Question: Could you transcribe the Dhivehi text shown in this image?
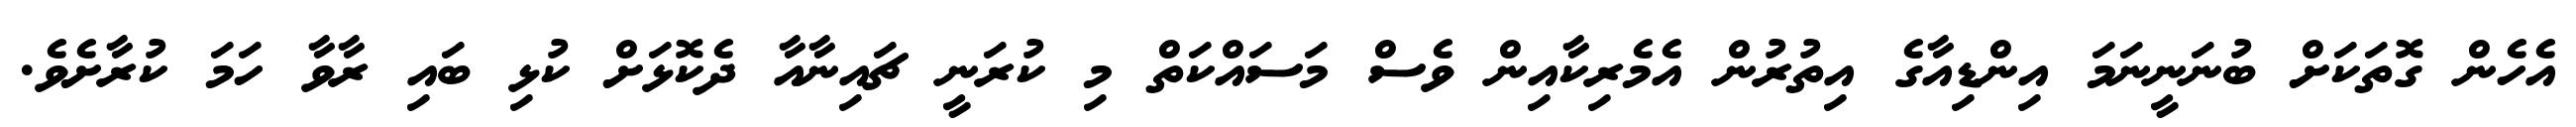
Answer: އެހެން ގޮތަކަށް ބުނަނީނަމަ އިންޑިއާގެ އިތުރުން އެމެރިކާއިން ވެސް މަސައްކަތް މި ކުރަނީ ޗައިނާއާ ދެކޮޅަށް ކުޅި ބައި ރާވާ ހަމަ ކުރާށެވެ.